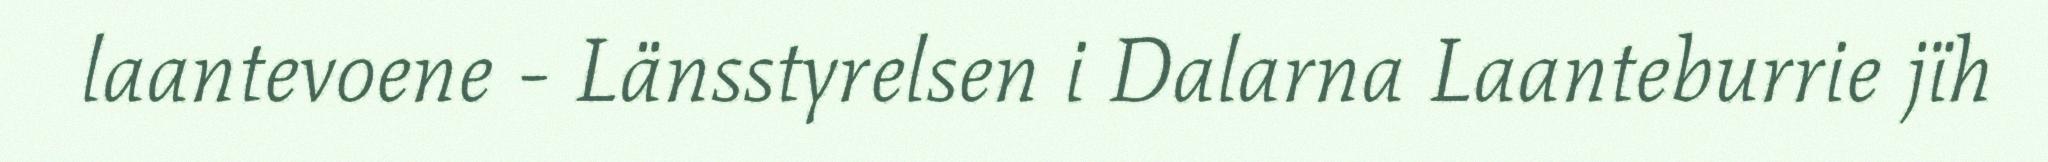
laantevoene - Länsstyrelsen i Dalarna Laanteburrie jïh